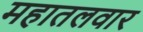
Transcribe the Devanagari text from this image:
महातलवार